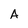
Character: A